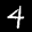
Label: 4